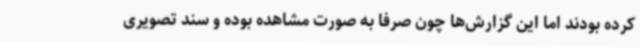
کرده‌ بودند اما این گزارش‌ها چون صرفا به صورت مشاهده بوده و سند تصویری